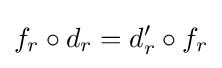
f_{r}\circ d_{r}=d'_{r}\circ f_{r}